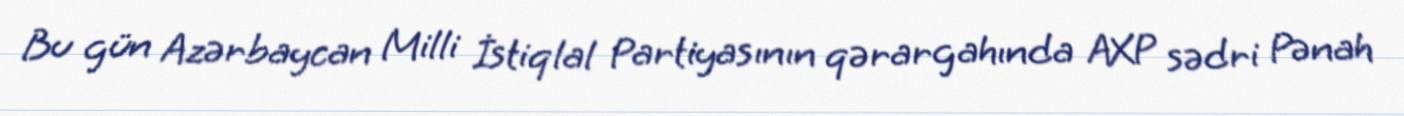
Bu gün Azərbaycan Milli İstiqlal Partiyasının qərargahında AXP sədri Pənah